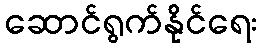
ဆောင်ရွက်နိုင်ရေး